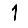
Digit: 1